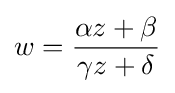
w={\frac {\alpha z+\beta }{\gamma z+\delta }}